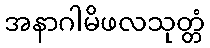
အနာဂါမိဖလသုတ္တံ